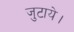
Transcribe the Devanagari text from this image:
जुटाये।